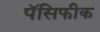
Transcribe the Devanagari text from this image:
पॅसिफीक